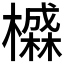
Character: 𱤭